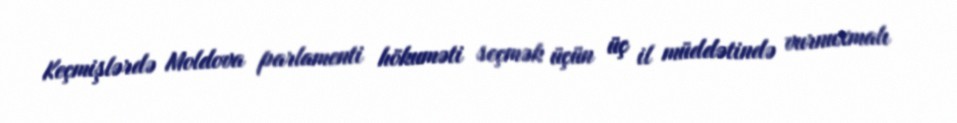
Keçmişlərdə Moldova parlamenti hökuməti seçmək üçün üç il müddətində vurnuxmalı